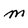
Character: M